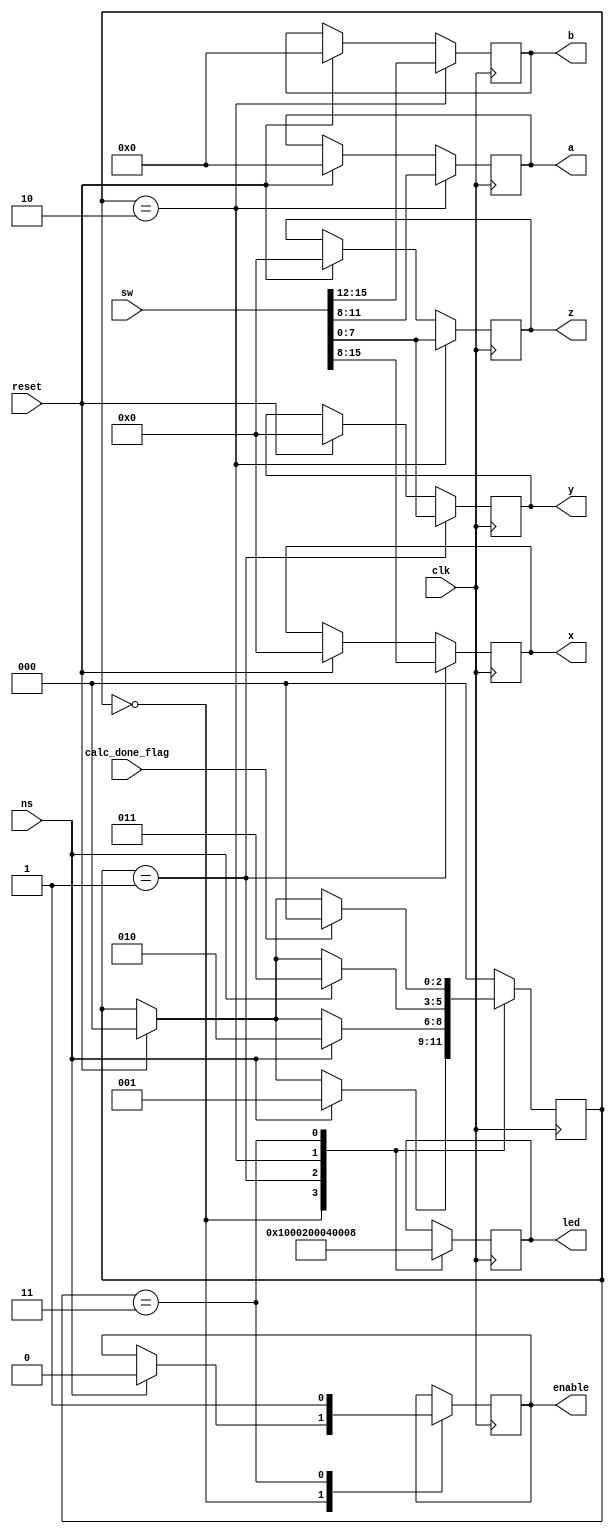
`timescale 1ns / 1ps
//////////////////////////////////////////////////////////////////////////////////
// Company: 
// Engineer: 
// 
// Design Name: 
// Module Name: state_machine
// Project Name: 
// Target Devices: 
// Tool Versions: 
// Description: 
// 
// Dependencies: 
// 
// Revision:
// Revision 0.01 - File Created
// Additional Comments:
// 
//////////////////////////////////////////////////////////////////////////////////


module state_machine(
    input reset, clk, ns,
    input [15:0] sw,
    input calc_done_flag,
    output [7:0] x, y, z,
    output [3:0] a, b,
    output enable,
    output [15:0] led
    );
    parameter display = 2'b00; // Set the parameters for the states we have
    parameter wait1 = 2'b01;
    parameter wait2 = 2'b10;
    parameter calc = 2'b11;
    
    reg [2:0] state_reg;
    
    reg[7:0] tempx, tempy, tempz;
    reg [3:0] tempa,tempb;
    reg [15:0] templed;
    reg temp_enable;
    assign x = tempx;
    assign y = tempy;
    assign z = tempz;
    assign a = tempa;
    assign b = tempb;
    assign led = templed;
    assign enable = temp_enable;
    
        always @ (posedge clk) 
        begin
            if (reset) 
            begin
                state_reg <= display; // reset to the display and all values of 0
                tempx <= 8'b00000000;
                tempy <= 8'b00000000;
                tempz <= 8'b00000000;
                tempa <= 4'b0000;
                tempb <= 4'b0000;
            end
            
           case(state_reg)
           
           display: 
                begin    
                    templed <= 16'b0000000000000001;                  
                    if (ns) 
                    begin                       // when ns is pushed, go to next state
                        state_reg <= wait1;
                        temp_enable <= 0;                // stop the integrator from running
                    end
                end
                wait1: 
                begin
                    templed <= 16'b0000000000000010;   
                    tempx <= sw[15:8];               // Set the second order coeffcient 
                    tempy <= sw[7:0];                // Set the first order coefficient
                    if (ns) 
                    begin                   // when ns is pushed, go to next state
                       state_reg <= wait2; 
                    end
                end
                wait2: begin
                    templed <= 16'b0000000000000100;   
                    tempz <= sw[7:0];                // Set the constant
                    tempb <= sw[15:12];              // Set the upperbound
                    tempa <= sw[11:8];               // Set the lower bound
                    if (ns) begin                   // when ns is pushed, go to next state
                       state_reg <= calc; 
                    end
                end
                
                calc: begin
                    templed <= 16'b0000000000001000;   
                    temp_enable <= 1;                    // allow the integrator to run with the given parameters
                    if (calc_done_flag) begin
                        state_reg <= display;
                    end
                end
                default: state_reg <= display;
            endcase
       end
    
    
    initial begin
    tempx = 0;
    tempy =0;
    tempz =0;
    tempa = 0;
    tempb =0;
    temp_enable = 0;
    templed =0;
    state_reg = 0;
    end
    
    
endmodule